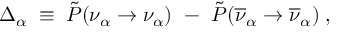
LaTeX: \Delta _ { \alpha } \; \equiv \; \tilde { P } ( \nu _ { \alpha } \rightarrow \nu _ { \alpha } ) ~ - ~ \tilde { P } ( \overline { { { \nu } } } _ { \alpha } \rightarrow \overline { { { \nu } } } _ { \alpha } ) \; ,